Lock hospitals Punjab
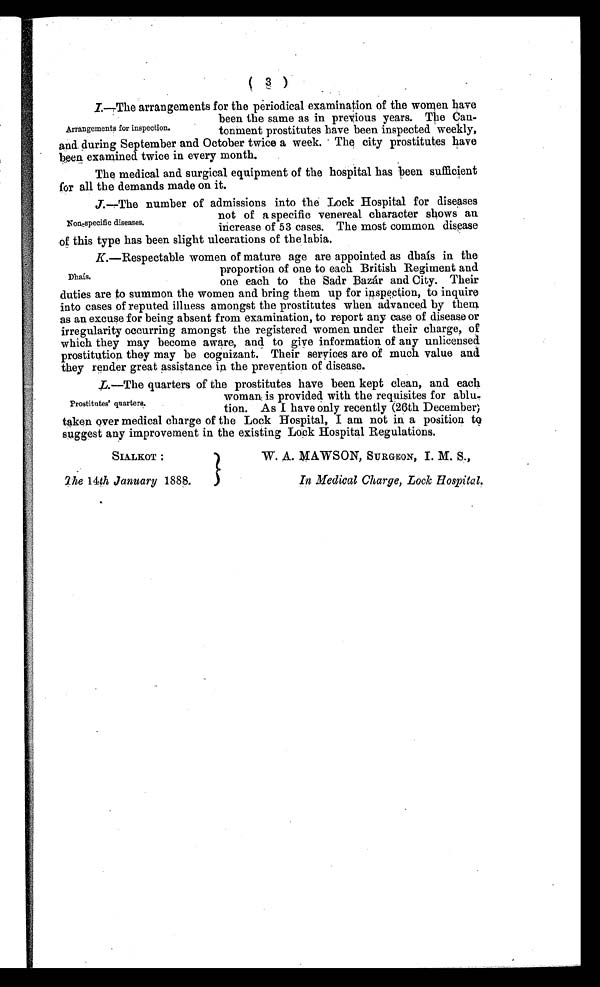
(3)
I.—The arrangements for the periodical examination of the women have
been the same as in previous years. The Can-
tonment prostitutes have been inspected weekly,
and during September and October twice a week. The city prostitutes have
been examined twice in every month.
The medical and surgical equipment of the hospital has been sufficient
for all the demands made on it.
J .
— T h e n u m b e r o f a d m i s s i o n s i n t o t h e L o c k H o s p i t a l f o r d i s e a s e s
not of a specific venereal character shows an
increase of 53 cases. The most common disease
of this type has been slight ulcerations of the labia.
K. —Respectable women of mature age are appointed as dhais in the
proportion of one to each British Regiment and
one each to the Sadr Bazár and City. Their
duties are to summon the women and bring them up for inspection, to inquire
into cases of reputed illness amongst the prostitutes when advanced by them
as an excuse for being absent from examination, to report any case of disease or
irregularity occurring amongst the registered women under their charge, of
which they may become aware, and to give information of any unlicensed
prostitution they may be cognizant. Their services are of much value and
they render great assistance in the prevention of disease.
L. —The quarters of the prostitutes have been kept clean, and each
woman is provided with the requisites for ablu-
tion. As I have only recently (26th December)
taken over medical charge of the Lock Hospital, I am not in a position to
suggest any improvement in the existing Lock Hospital Regulations.
Arrangements for inspection.
Non-specific diseases.
Dhais.
Prostitutes' quarters.
SIALKOT :
The 14th January 1888.
W. A. MAWSON, SURGEON, I. M. S.,
In Medical Charge, Look Hospital.